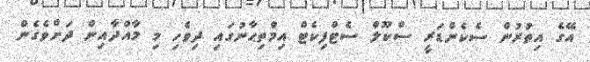
އޭގެ އިތުރުން ސެކެންޑަރީ ސްކޫލް ސެޓްފިކެޓް އިމްތިޙާނުގައި ދިވެހި މި މާއްދާއިން ދަށްވެގެން